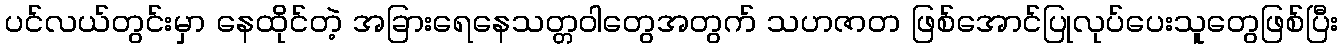
ပင်လယ်တွင်းမှာ နေထိုင်တဲ့ အခြားရေနေသတ္တဝါတွေအတွက် သဟဇာတ ဖြစ်အောင်ပြုလုပ်ပေးသူတွေဖြစ်ပြီး